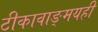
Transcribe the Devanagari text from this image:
टीकावाङ्‌मयही